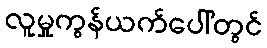
လူမှုကွန်ယက်ပေါ်တွင်